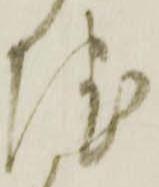
院